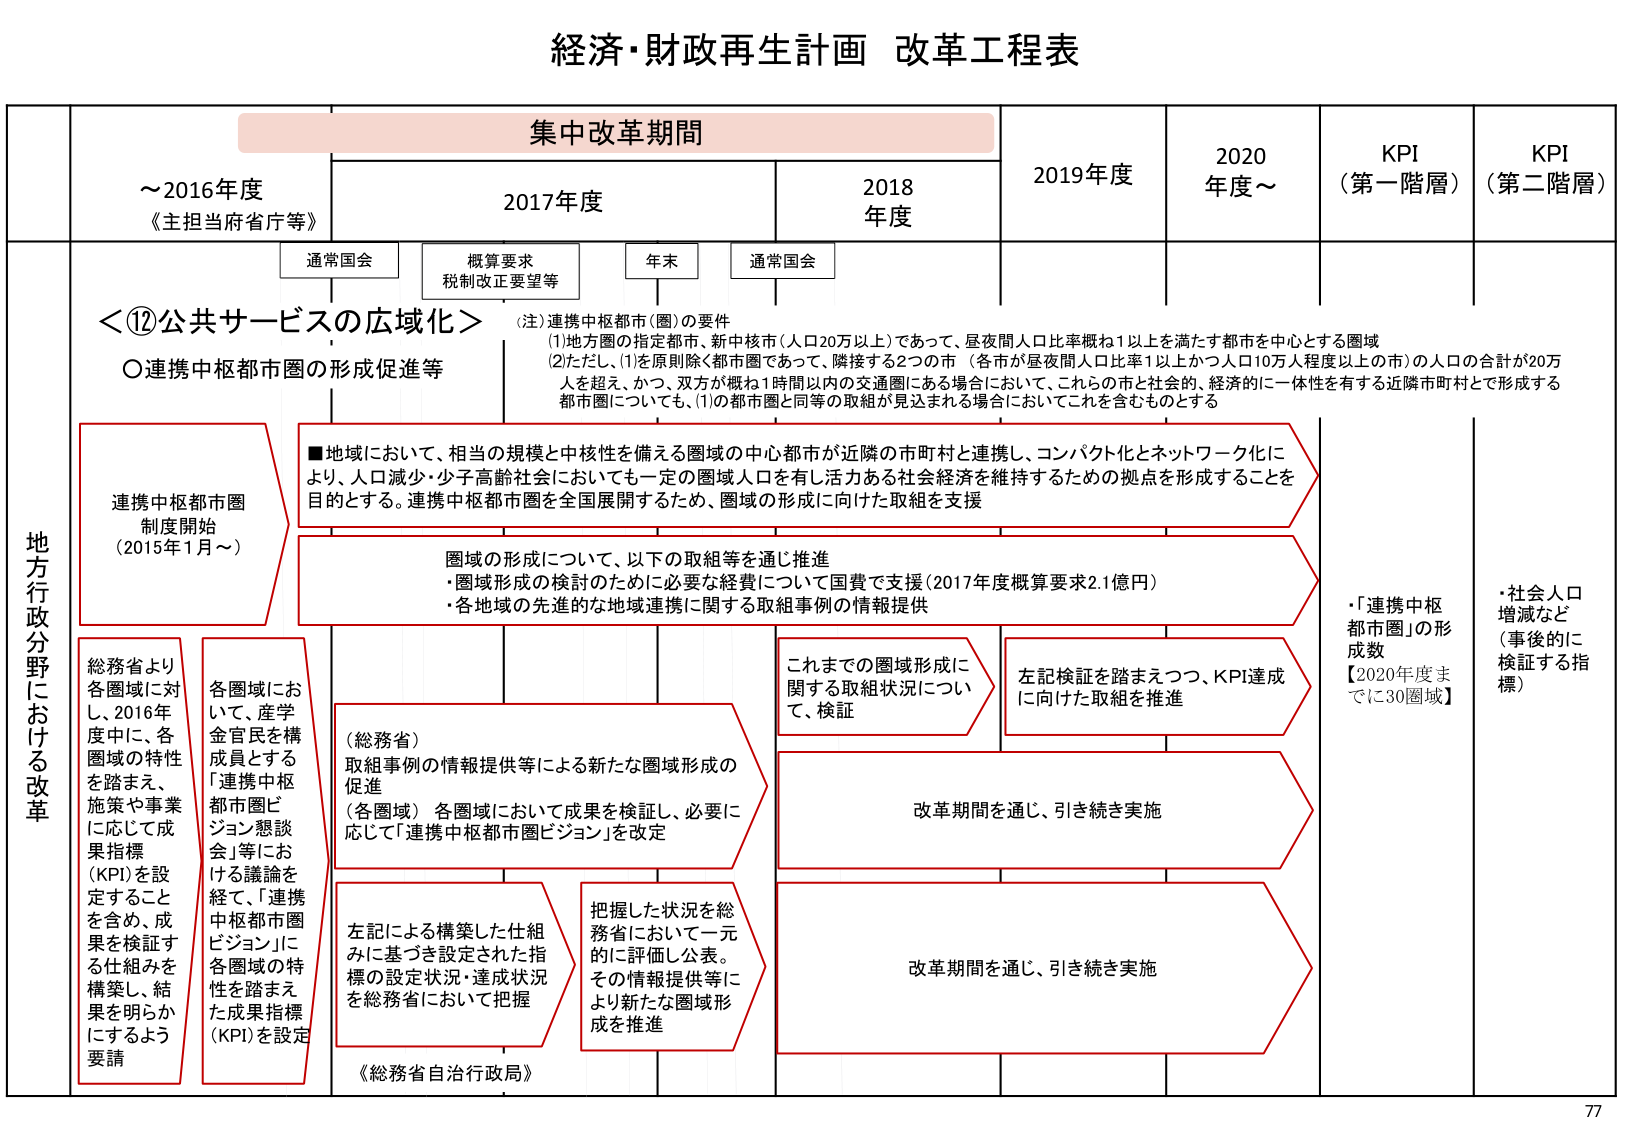
経済・財政再生計画 改革工程表

集中改革期間

～2016年度
《主担当府省庁等》

2017年度
通常国会
概算要求
税制改正要望等
年末
通常国会

2018年度

2019年度

2020年度～

KPI
（第一階層）

KPI
（第二階層）

地方行政分野における改革

＜⑫公共サービスの広域化＞
○連携中枢都市圏の形成促進等

（注）連携中枢都市（圏）の要件
(1) 地方圏の指定都市、新中核市（人口20万以上）であって、昼夜間人口比率概ね1以上を満たす都市を中心とする圏域
(2) ただし、(1)を原則除く都市圏であって、隣接する2つの市（各市が昼夜間人口比率1以上かつ人口10万人程度以上の市）の人口の合計が20万人を超え、かつ、双方が概ね1時間以内の交通圏にある場合において、これらの市と社会的、経済的に一体性を有する近隣市町村とで形成する都市圏についても、(1)の都市圏と同等の取組が見込まれる場合においてこれを含むものとする

■地域において、相当の規模と中核性を備える圏域の中心都市が近隣の市町村と連携し、コンパクト化とネットワーク化により、人口減少・少子高齢社会においても一定の圏域人口を有し活力ある社会経済を維持するための拠点を形成することを目的とする。連携中枢都市圏を全国展開するため、圏域の形成に向けた取組を支援

連携中枢都市圏
制度開始
（2015年1月～）

圏域の形成について、以下の取組等を通じ推進
・圏域形成の検討のために必要な経費について国費で支援（2017年度概算要求2.1億円）
・各地域の先導的な地域連携に関する取組事例の情報提供

総務省より
各圏域に対し、2016年度中に、各圏域の特性を踏まえ、施策や事業に応じて成果指標（KPI）を設定することを含め、成果を検証する仕組みを構築し、結果を明らかにするよう要請

各圏域において、産学金官民を構成員とする「連携中枢都市圏ビジョン懇談会」等における議論を経て、「連携中枢都市圏ビジョン」に各圏域の特性を踏まえた成果指標（KPI）を設定

（総務省）
取組事例の情報提供等による新たな圏域形成の促進
（各圏域）各圏域において成果を検証し、必要に応じて「連携中枢都市圏ビジョン」を改定

これまでの圏域形成に関する取組状況について、検証

左記検証を踏まえつつ、KPI達成に向けた取組を推進

改革期間を通じ、引き続き実施

左記による構築した仕組みに基づき設定された指標の設定状況・達成状況を総務省において把握

把握した状況を総務省において一元的に評価し公表。その情報提供等により新たな圏域形成を推進

改革期間を通じ、引き続き実施

・「連携中枢都市圏」の形成数
【2020年度までに30圏域】

・社会人口増減など（事後的に検証する指標）

《総務省自治行政局》

77